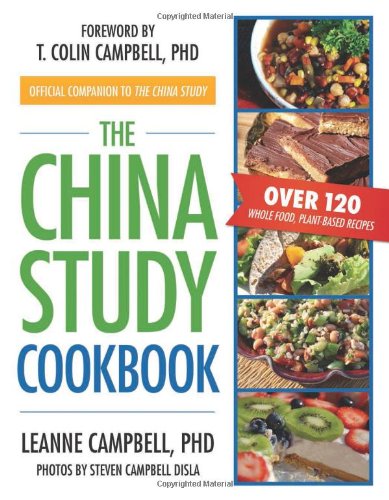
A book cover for The China Study Cookbook: Over 120 Whole Food, Plant-Based Recipes; LeAnne Campbell; Cookbooks, Food & Wine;